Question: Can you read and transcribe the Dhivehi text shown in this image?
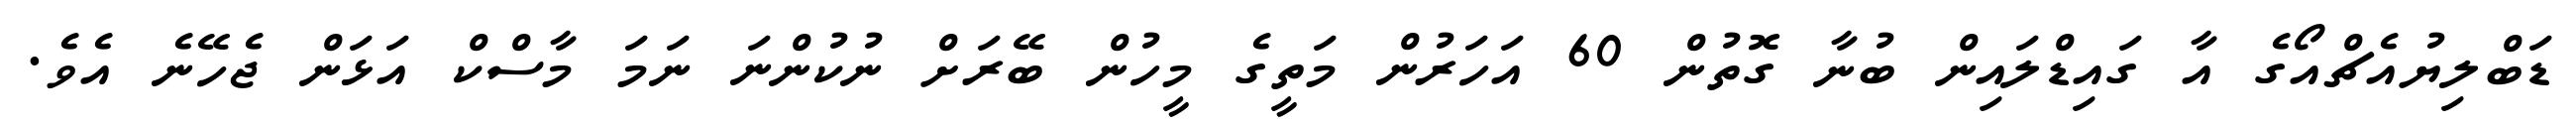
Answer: ޑަބްލިޔުއެޗްއޯގެ އާ ގައިޑްލައިން ބުނާ ގޮތުން 60 އަހަރުން މަތީގެ މީހުން ބޭރަށް ނުކުންނަ ނަމަ މާސްކް އަޅަން ޖެހޭނެ އެވެ.